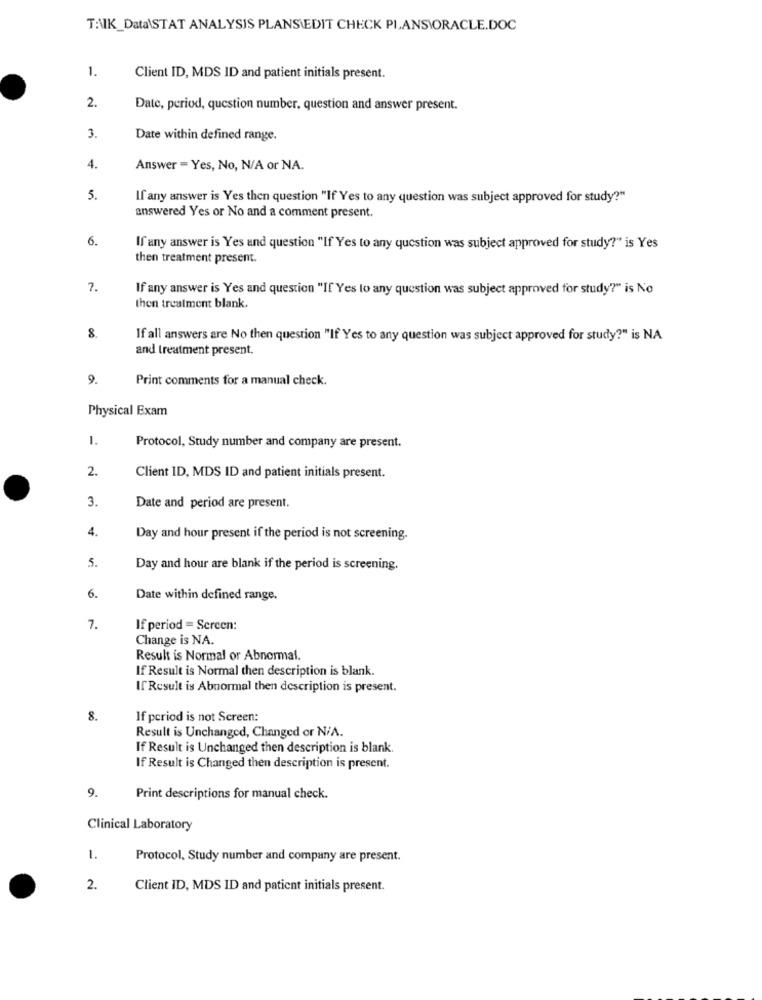
TANK_Data\STAT ANALYSIS PLANSIEDIT CHECK PLANS\ORACLE.DOC
1.
Client ID, MDS ID and patient initials present.
2.
Date, period, question number, question and answer present.
3.
Date within defined range.
4.
Answer = Yes, No, N/A or NA.
5.
If any answer is Yes then question "If Yes to any question was subject approved for study?"
answered Yes or No and a comment present.
6.
If'any answer is Yes and question "If Yes to any question was subject approved for study?" is Yes
then treatment present.
7.
If any answer is Yes and question "If Yes to any question was subject approved for study?" is No
then treatment blank.
8.
If all answers are No then question "If Yes to any question was subject approved for study?" is NA
and treatment present.
9.
Print comments for a manual check.
Physical Exam
1.
Protocol, Study number and company are present.
2.
Client ID, MDS ID and patient initials present.
3.
Date and period are present.
4.
Day and hour present if the period is not screening.
5.
Day and hour are blank if the period is screening.
6.
Date within defined range.
7.
If period = Screen:
Change is NA.
Result is Normal or Abnormal.
If Result is Normal then description is blank.
If'Result is Abnormal then description is present.
8.
If period is not Screen:
Result is Unchanged, Changed or NiA.
If Result is Unchanged then description is blank
If Result is Changed then description is present.
9.
Print descriptions for manual check.
Clinical Laboratory
1.
Protocol, Study number and company are present.
2.
Client ID, MDS ID and patient initials present.